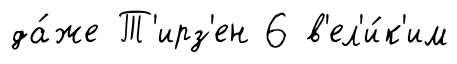
да́же Т'ирз'ен 6 в'ел'и́к'им